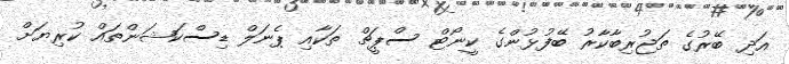
އަދި ބޭރުގެ ތަޖުރިބާކާރު ބޭފުޅުންގެ ކީނޯޓް ސްޕީޗް ތަކާއި ޕެނަލް ޑިސްކަޝަންތައް ކުރިޔަށް